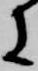
に